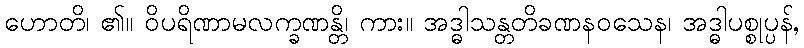
ဟောတိ၊ ၏။ ဝိပရိဏာမလက္ခဏန္တိ၊ ကား။ အဒ္ဓါသန္တတိခဏနဝသေန၊ အဒ္ဓါပစ္စုပ္ပန်,